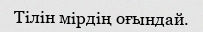
Тілін мірдің оғындай.